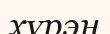
хүрэн